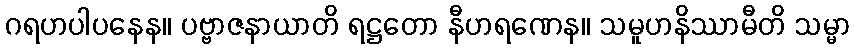
ဂရဟပါပနေန။ ပဗ္ဗာဇနာယာတိ ရဋ္ဌတော နီဟရဏေန။ သမူဟနိဿာမီတိ သမ္မာ